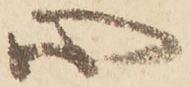
心